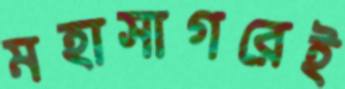
মহাসাগরেই